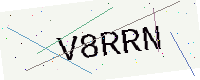
Text: V8RRN